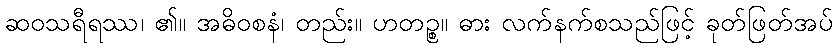
ဆဝသရီရဿ၊ ၏။ အဓိဝစနံ၊ တည်း။ ဟတဉ္စ။ ဓား လက်နက်စသည်ဖြင့် ခုတ်ဖြတ်အပ်